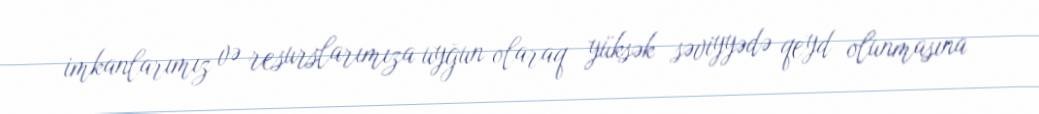
imkanlarımız və resurslarımıza uyğun olaraq yüksək səviyyədə qeyd olunmasına